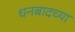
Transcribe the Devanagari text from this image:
धनबादच्या